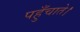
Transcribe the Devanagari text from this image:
पहुँचाते।